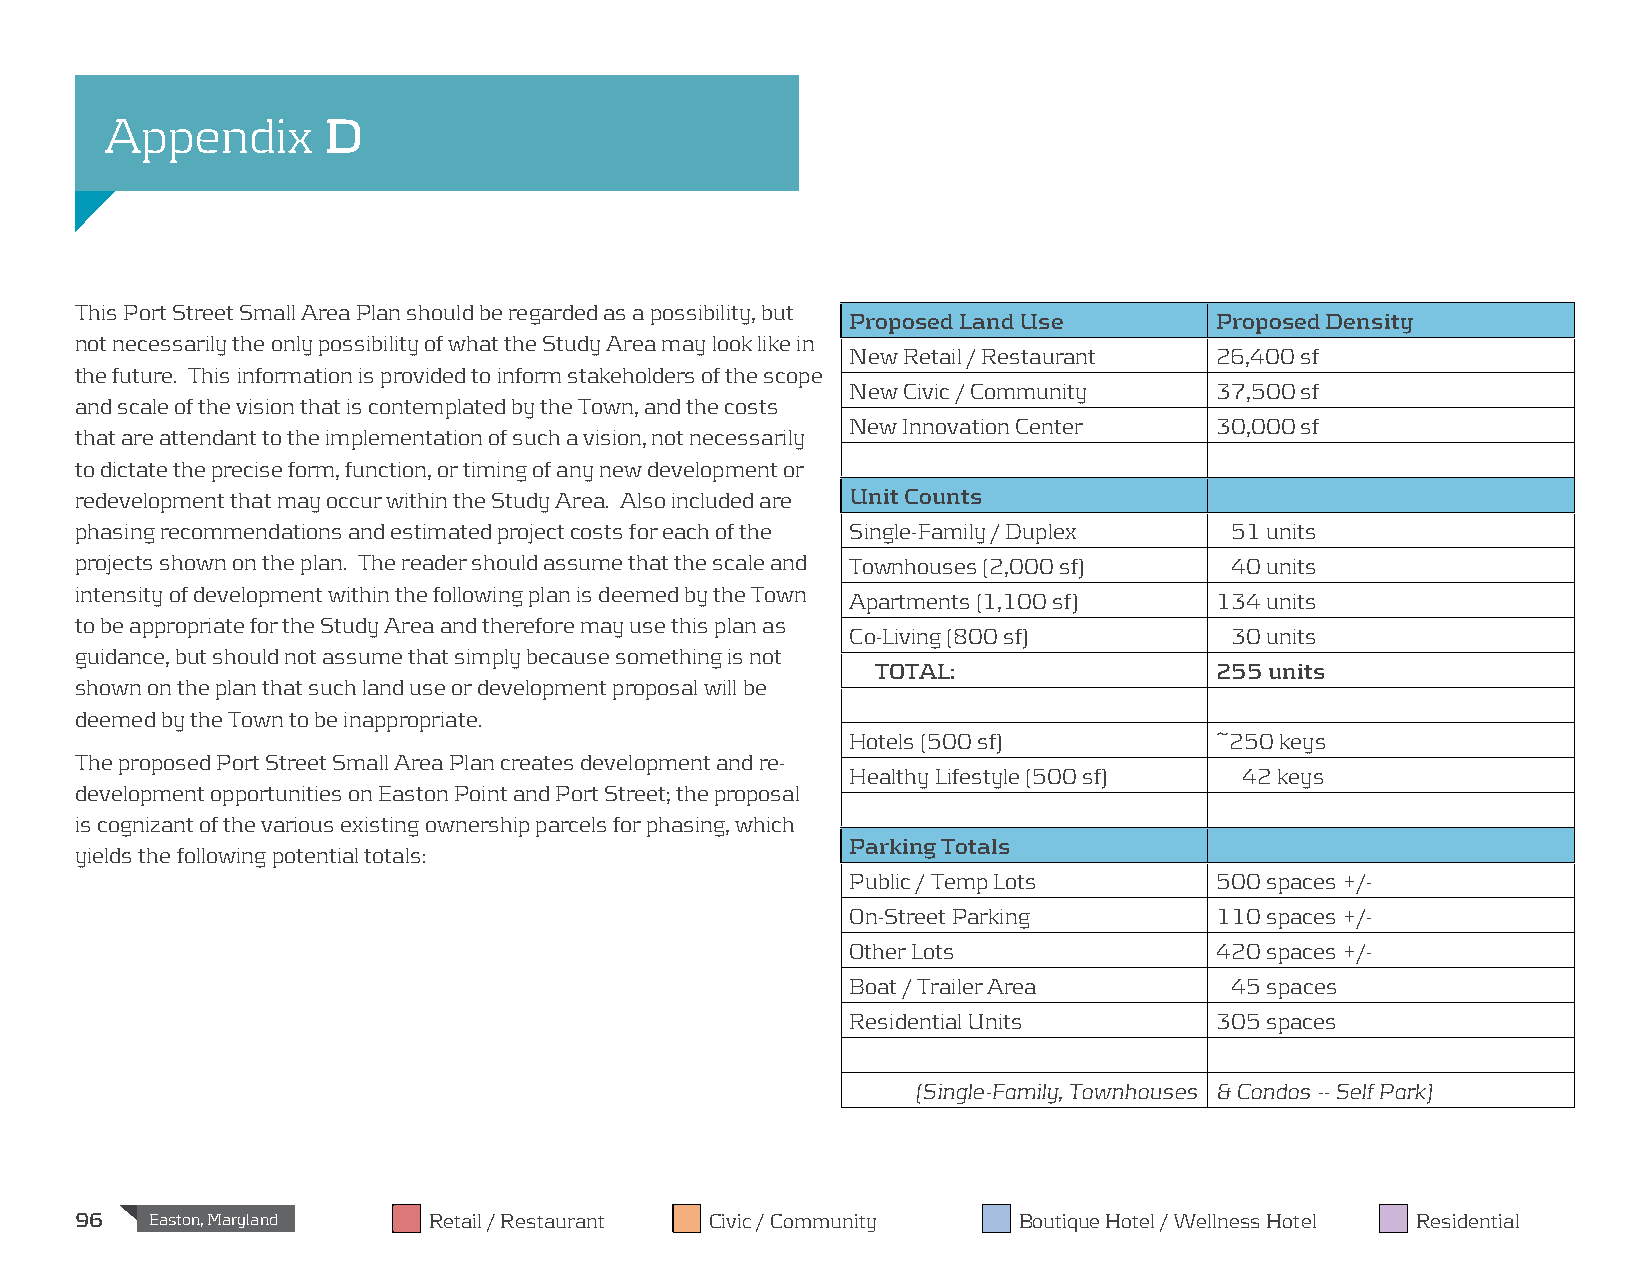
Appendix      D
 This Port Street Small Area Plan should be regarded as a possibility, but
 Proposed Land Use       Proposed Density
 not necessarily the only possibility of what the Study Area may look like in
 New Retail / Restaurant 26,400 sf
 the future. This information is provided to inform stakeholders of the scope
 New Civic / Community   37,500 sf
 and scale of the vision that is contemplated by the Town, and the costs
 New Innovation Center   30,000 sf
 that are attendant to the implementation of such a vision, not necessarily
 to dictate the precise form, function, or timing of any new development or
 redevelopment that may occur within the Study Area. Also included are Unit Counts
 phasing recommendations and estimated project costs for each of the Single-Family / Duplex 51 units
 projects shown on the plan. The reader should assume that the scale and Townhouses (2,000 sf) 40 units
 intensity of development within the following plan is deemed by the Town
 Apartments (1,100 sf)   134 units
 to be appropriate for the Study Area and therefore may use this plan as
 Co-Living (800 sf)       30 units
 guidance, but should not assume that simply because something is not
 TOTAL:                255 units
 shown on the plan that such land use or development proposal will be
 deemed by the Town to be inappropriate.
 Hotels (500 sf)         ~250 keys
 The proposed Port Street Small Area Plan creates development and re-
 Healthy Lifestyle (500 sf) 42 keys
 development opportunities on Easton Point and Port Street; the proposal
 is cognizant of the various existing ownership parcels for phasing, which
 Parking Totals
 yields the following potential totals:
 Public / Temp Lots      500 spaces +/-
 On-Street Parking       110 spaces +/-
 Other Lots              420 spaces +/-
 Boat / Trailer Area      45 spaces
 Residential Units       305 spaces
 (Single-Family, Townhouses & Condos -- Self Park)
 96   Easton, Maryland  Retail / Restaurant Civic / Community  Boutique Hotel / Wellness Hotel Residential